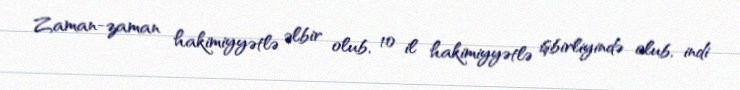
Zaman-zaman hakimiyyətlə əlbir olub, 10 il hakimiyyətlə işbirliyində olub, indi